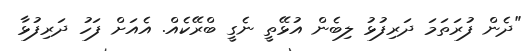
"ދެން ފުރަތަމަ ދަރިފުޅު ލިބެން އުޅޭތީ ނެގީ ބްރޭކެއް. އެއަށް ފަހު ދަރިފުޅާ